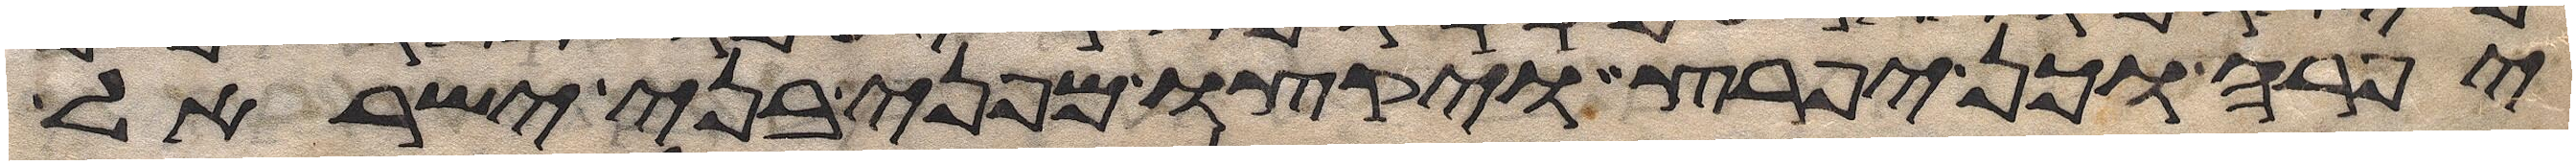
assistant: יפרה וכן יפרץ ויקצו מפני בני ישראל